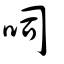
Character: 呞